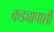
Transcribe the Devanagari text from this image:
कड्यापाशी